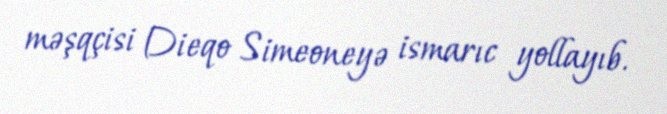
məşqçisi Dieqo Simeoneyə ismarıc yollayıb.